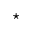
\star